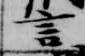
言